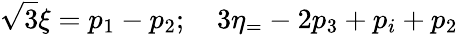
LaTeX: \sqrt{3}\xi=p_{1}-p_{2};\quad 3\eta_{=}-2p_{3}+p_{i}+p_{2}